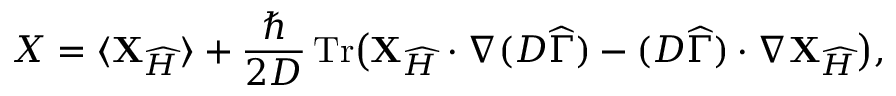
\boldsymbol { \cal X } = \langle { \mathbf { X } } _ { \widehat { H } } \rangle + \frac \hbar { 2 D } \operatorname { T r } \! \big ( { \mathbf { X } } _ { { \widehat { H } } } \cdot \nabla ( D \boldsymbol { \widehat { \Gamma } } ) - ( D \boldsymbol { \widehat { \Gamma } } ) \cdot \nabla { \mathbf { X } } _ { { \widehat { H } } } \big ) ,